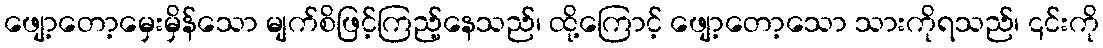
ဖျော့တော့မှေးမှိန်သော မျက်စိဖြင့်ကြည့်နေသည်၊ ထို့ကြောင့် ဖျော့တော့သော သားကိုရသည်၊ ၎င်းကို